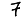
Digit: 7